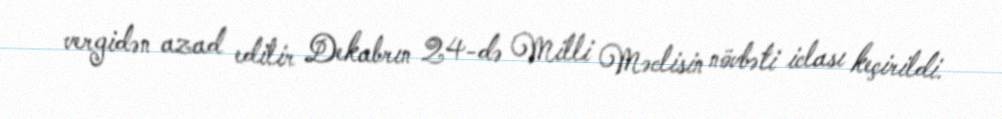
vergidən azad edilir Dekabrın 24-də Milli Məclisin növbəti iclası keçirildi.